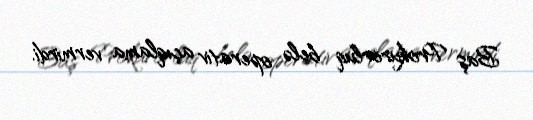
Baş Prokurorluq belə operativ açıqlama vermirdi.